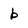
Character: b